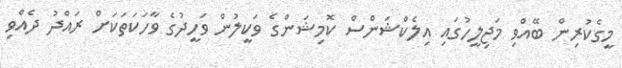
މީގެކުރިން ބޭއްވި މަޖިލީހުގައި އިލެކްޝަންސް ކޮމިޝަންގެ ވަކީލުން ވަހީދުގެ ވާހަކަތަކަށް ރައްދު ދެއްވި